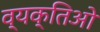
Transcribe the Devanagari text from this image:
व्यक्तिओ